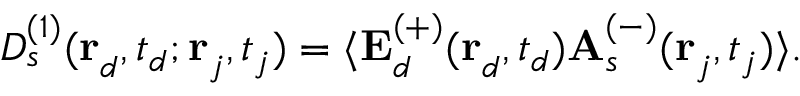
\begin{array} { r } { D _ { s } ^ { ( 1 ) } ( \mathbf { r } _ { d } ^ { } , t _ { d } ^ { } ; \mathbf { r } _ { j } ^ { } , t _ { j } ^ { } ) = \langle \mathbf { E } _ { d } ^ { ( + ) } ( \mathbf { r } _ { d } ^ { } , t _ { d } ^ { } ) \mathbf { A } _ { s } ^ { ( - ) } ( \mathbf { r } _ { j } ^ { } , t _ { j } ^ { } ) \rangle . } \end{array}